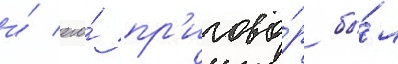
и́ его́ пр'игово́р бы́л